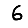
Digit: 6